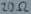
Text: 20Ω